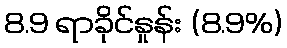
8.9 ရာခိုင်နှုန်း (8.9%)